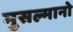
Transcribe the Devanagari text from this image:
मुसल्मानो